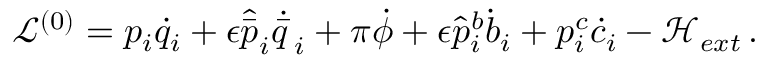
\mathcal { L } ^ { ( 0 ) } = p _ { i } \dot { q } _ { i } + \epsilon \hat { \bar { p } } _ { i } \dot { \bar { q } \, } _ { i } + \pi \dot { \phi } + \epsilon \hat { p } _ { i } ^ { b } \dot { b } _ { i } + p _ { i } ^ { c } \dot { c } _ { i } - \mathcal { H } _ { e x t } \, .